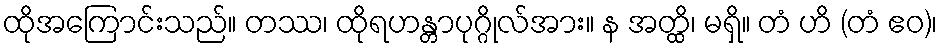
ထိုအကြောင်းသည်။ တဿ၊ ထိုရဟန္တာပုဂ္ဂိုလ်အား။ န အတ္ထိ၊ မရှိ။ တံ ဟိ (တံ ဧဝ)၊